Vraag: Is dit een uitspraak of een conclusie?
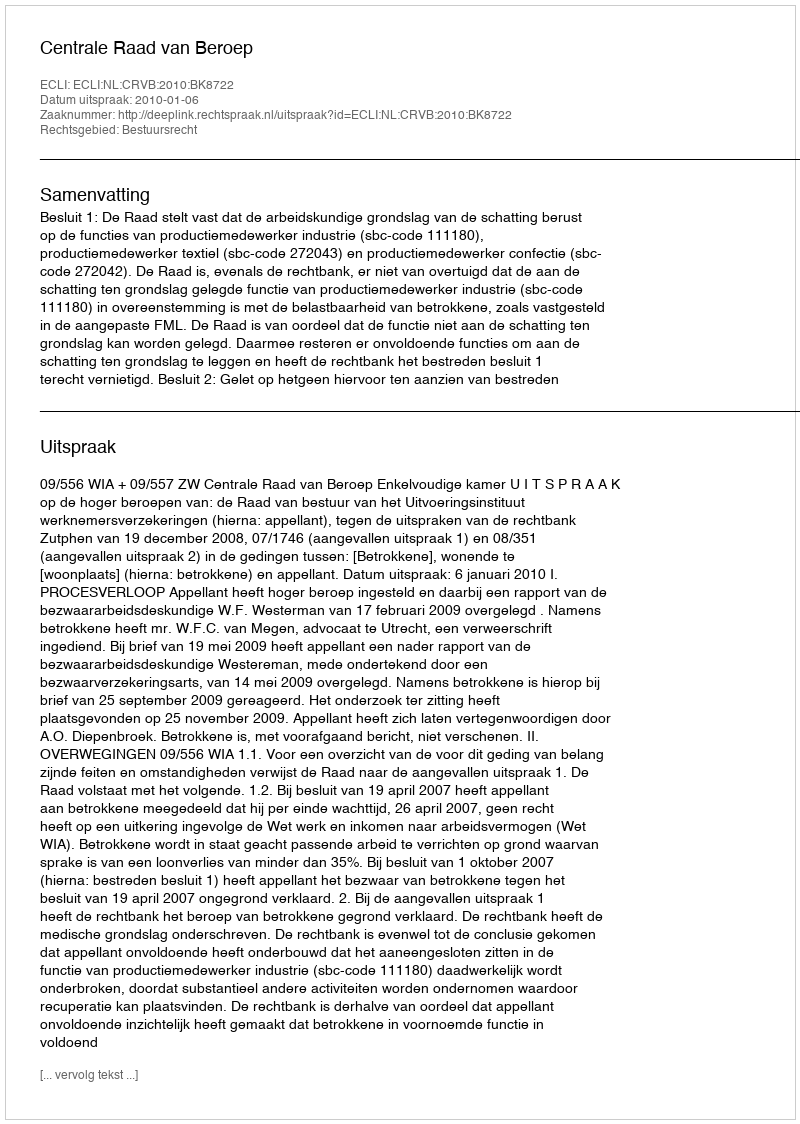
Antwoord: Uitspraak